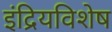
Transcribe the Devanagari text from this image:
इंद्रियविशेष